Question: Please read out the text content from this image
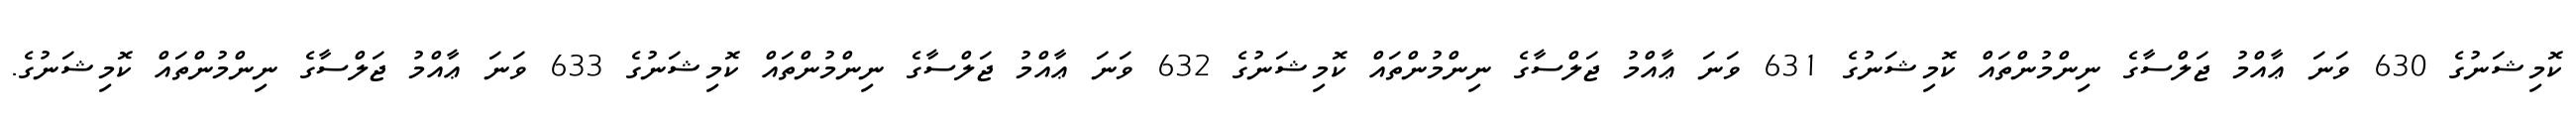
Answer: ކޮމިޝަނުގެ 630 ވަނަ ޢާއްމު ޖަލްސާގެ ނިންމުންތައް ކޮމިޝަނުގެ 631 ވަނަ ޢާއްމު ޖަލްސާގެ ނިންމުންތައް ކޮމިޝަނުގެ 632 ވަނަ ޢާއްމު ޖަލްސާގެ ނިންމުންތައް ކޮމިޝަނުގެ 633 ވަނަ ޢާއްމު ޖަލްސާގެ ނިންމުންތައް ކޮމިޝަނުގެ.